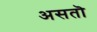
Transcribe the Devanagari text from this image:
असतॊ